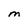
Character: M